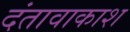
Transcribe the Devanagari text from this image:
दंतावाकाश